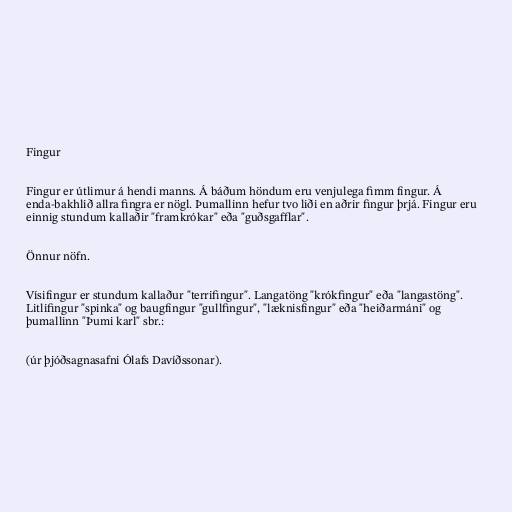
Fingur

Fingur er útlimur á hendi manns. Á báðum höndum eru venjulega fimm fingur. Á
enda-bakhlið allra fingra er nögl. Þumallinn hefur tvo liði en aðrir fingur þrjá. Fingur eru
einnig stundum kallaðir "framkrókar" eða "guðsgafflar".

Önnur nöfn.

Vísifingur er stundum kallaður "terrifingur". Langatöng "krókfingur" eða "langastöng".
Litlifingur "spinka" og baugfingur "gullfingur", "læknisfingur" eða "heiðarmáni" og
þumallinn "Þumi karl" sbr.:

(úr þjóðsagnasafni Ólafs Davíðssonar).